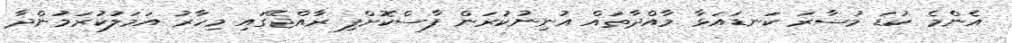
އެންމެ ކުޑަ މުސާރަ ކަނޑައަޅާ މާއްދާތައް އުނިނުކުރަން ފާސްކޮށްފި ރާއްޖޭގައި މިހާރު އަމަލުކުރަމުންދާ